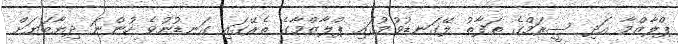
ޕްލާޒްމާ އަދި ސީރަމްގެ ތަފާތު ލޭގަނޑުވުމުގައި ޕްލާޒްމާގެ ތެރޭގައި ގަނޑުނުވެ ހުންނަ ދިޔާބަޔަށް